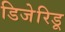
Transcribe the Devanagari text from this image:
डिजेरिडू